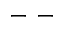
- \ -